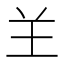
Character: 𦍌